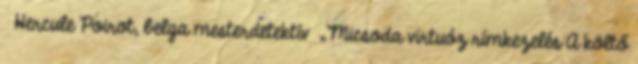
Hercule Poirot, belga mesterdetektív „Micsoda virtuóz rímkezelés A költő